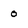
Character: o